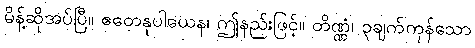
မိန့်ဆိုအပ်ပြီ။ ဧတေနုပါယေန၊ ဤနည်းဖြင့်။ တိဏ္ဏံ၊ ၃ချက်ကုန်သော